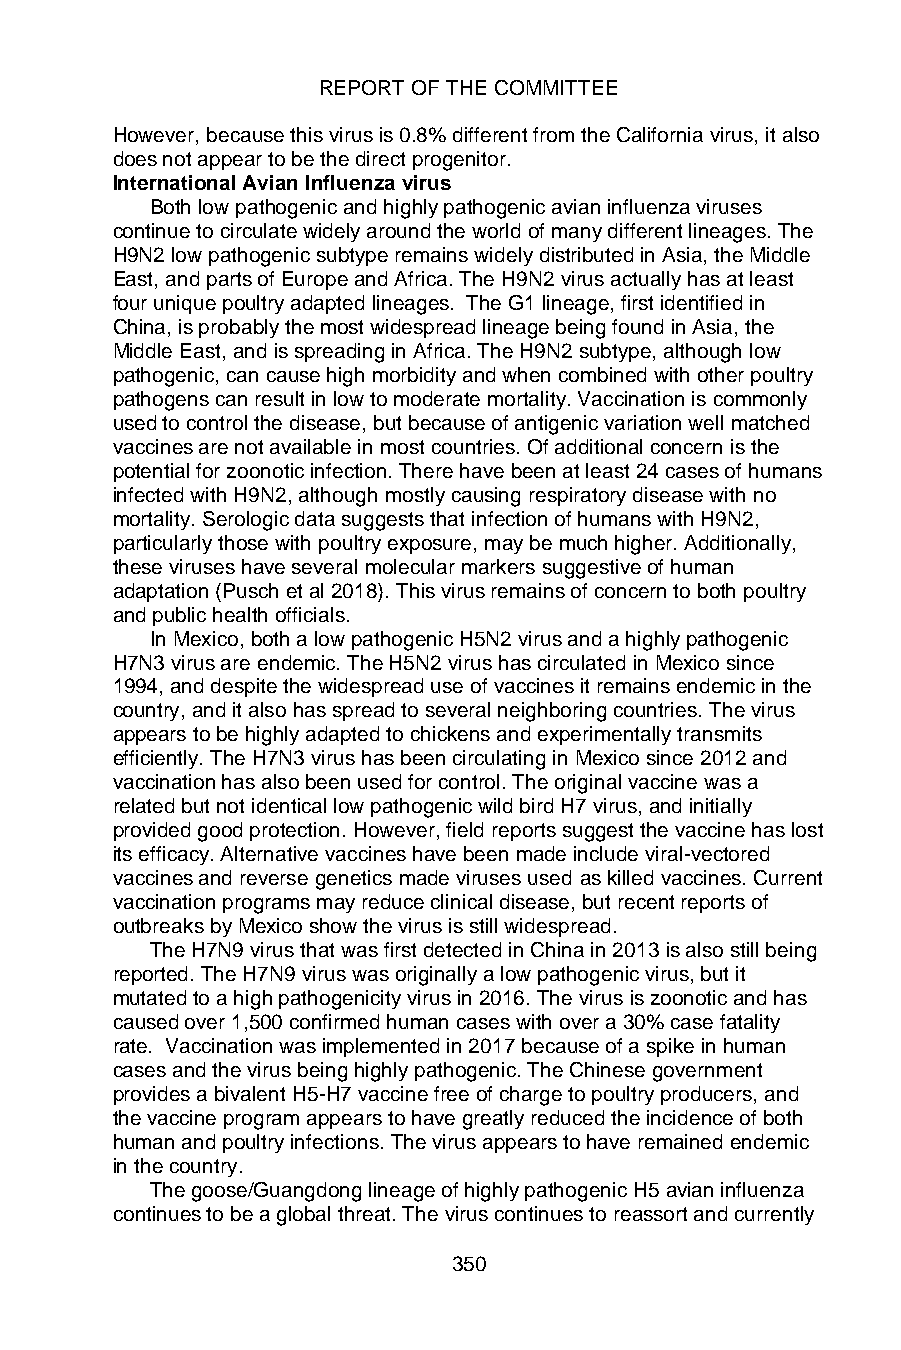
REPORT OF THE COMMITTEE
 However, because this virus is 0.8% different from the California virus, it also
 does not appear to be the direct progenitor.
 International Avian Influenza virus
 Both low pathogenic and highly pathogenic avian influenza viruses
 continue to circulate widely around the world of many different lineages. The
 H9N2 low pathogenic subtype remains widely distributed in Asia, the Middle
 East, and parts of Europe and Africa. The H9N2 virus actually has at least
 four unique poultry adapted lineages. The G1 lineage, first identified in
 China, is probably the most widespread lineage being found in Asia, the
 Middle East, and is spreading in Africa. The H9N2 subtype, although low
 pathogenic, can cause high morbidity and when combined with other poultry
 pathogens can result in low to moderate mortality. Vaccination is commonly
 used to control the disease, but because of antigenic variation well matched
 vaccines are not available in most countries. Of additional concern is the
 potential for zoonotic infection. There have been at least 24 cases of humans
 infected with H9N2, although mostly causing respiratory disease with no
 mortality. Serologic data suggests that infection of humans with H9N2,
 particularly those with poultry exposure, may be much higher. Additionally,
 these viruses have several molecular markers suggestive of human
 adaptation (Pusch et al 2018). This virus remains of concern to both poultry
 and public health officials.
 In Mexico, both a low pathogenic H5N2 virus and a highly pathogenic
 H7N3 virus are endemic. The H5N2 virus has circulated in Mexico since
 1994, and despite the widespread use of vaccines it remains endemic in the
 country, and it also has spread to several neighboring countries. The virus
 appears to be highly adapted to chickens and experimentally transmits
 efficiently. The H7N3 virus has been circulating in Mexico since 2012 and
 vaccination has also been used for control. The original vaccine was a
 related but not identical low pathogenic wild bird H7 virus, and initially
 provided good protection. However, field reports suggest the vaccine has lost
 its efficacy. Alternative vaccines have been made include viral-vectored
 vaccines and reverse genetics made viruses used as killed vaccines. Current
 vaccination programs may reduce clinical disease, but recent reports of
 outbreaks by Mexico show the virus is still widespread.
 The H7N9 virus that was first detected in China in 2013 is also still being
 reported. The H7N9 virus was originally a low pathogenic virus, but it
 mutated to a high pathogenicity virus in 2016. The virus is zoonotic and has
 caused over 1,500 confirmed human cases with over a 30% case fatality
 rate. Vaccination was implemented in 2017 because of a spike in human
 cases and the virus being highly pathogenic. The Chinese government
 provides a bivalent H5-H7 vaccine free of charge to poultry producers, and
 the vaccine program appears to have greatly reduced the incidence of both
 human and poultry infections. The virus appears to have remained endemic
 in the country.
 The goose/Guangdong lineage of highly pathogenic H5 avian influenza
 continues to be a global threat. The virus continues to reassort and currently
 350